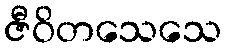
ဇီဝိတသေသေ